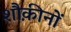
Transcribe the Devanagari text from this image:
शौक़ीनों